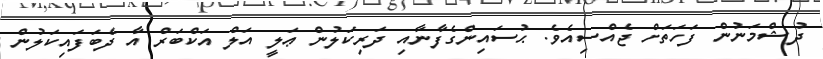
ދުޝްމަނުން ފަހަތަށް ޖެއްސިއެވެ. ޙުސައިންގެފާނާއި ދަރިކަލުން ޢަލީ އަލް އަކްބަރް އާ ދެބަފައިކަލުން